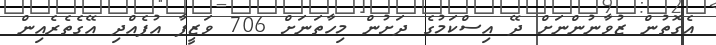
އެގޮތުން ޒުވާނުންނަށް ދޭ އިސްކަމުގެ ދަށުން މިހާތަނަށް 706 ވަޒީފާ އުފެއްދި އޭގެތެރެއިން